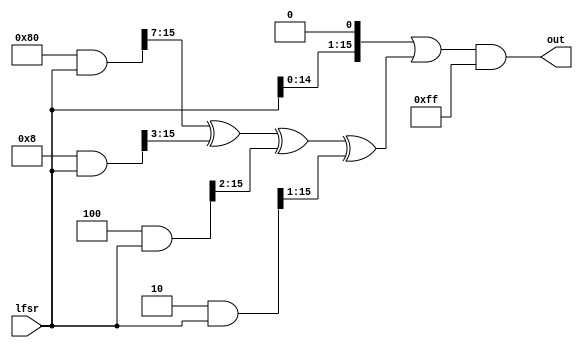
`ifndef LCOUNTER
`define LCOUNTER

module lCounter (input   [15:0] lfsr,
                 output  [15:0] out);

    assign out =    ((lfsr << 1) |
                    (((16'h80 & lfsr) >> 7) ^
                     ((16'h08 & lfsr) >> 3) ^
                     ((16'h04 & lfsr) >> 2) ^
                     ((16'h02 & lfsr) >> 1) )
                    )
                    & 16'hff;
endmodule

`endif